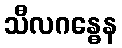
သီလဂန္ဓေန